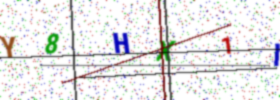
Text: Y8HX1I